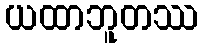
ယထာဘူတဿ